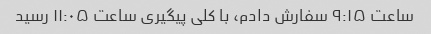
ساعت ۹:۱۵ سفارش دادم، با کلی پیگیری ساعت ۱۱:۰۵ رسید